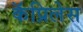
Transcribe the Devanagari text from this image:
कॅप्रिलेस